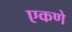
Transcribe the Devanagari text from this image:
एकणे